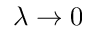
\lambda \rightarrow 0